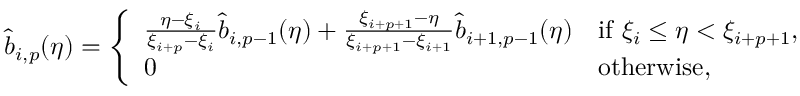
\begin{array} { r } { \widehat { b } _ { i , p } ( \eta ) = \left\{ \begin{array} { l l } { \frac { \eta - \xi _ { i } } { \xi _ { i + p } - \xi _ { i } } \widehat { b } _ { i , p - 1 } ( \eta ) + \frac { \xi _ { i + p + 1 } - \eta } { \xi _ { i + p + 1 } - \xi _ { i + 1 } } \widehat { b } _ { i + 1 , p - 1 } ( \eta ) } & { { \mathrm { i f ~ } } \xi _ { i } \leq \eta < \xi _ { i + p + 1 } , } \\ { 0 } & { \mathrm { o t h e r w i s e } , } \end{array} \right. } \end{array}